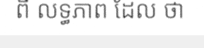
ពី លទ្ធភាព ដែល ថា